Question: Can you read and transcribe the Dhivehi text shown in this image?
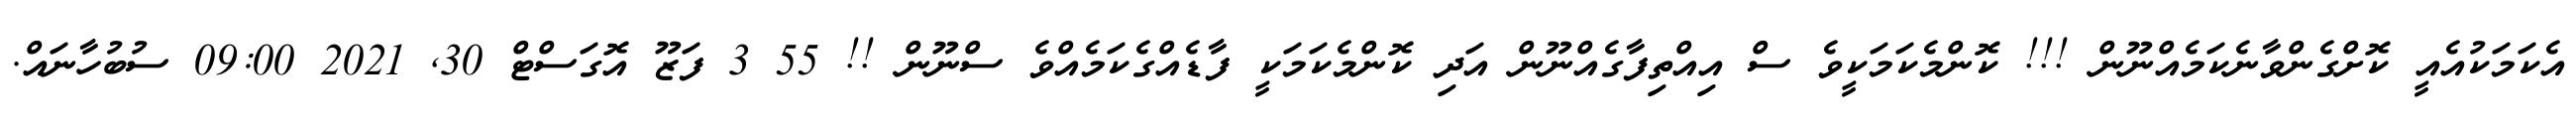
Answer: އެކަމަކުއެއީ ކޮށްގެންވާނެކަމެއްނޫން !!! ކޮންމެކަމަކީވެ ސް އިއްތިފާގެއްނޫން އަދި ކޮންމެކަމަކީ ފާޑެއްގެކަމެއްވެ ސްނޫން !! 55 3 ފަޒޫ އޮގަސްޓް 30, 2021 09:00 ސުބުހާނައް.